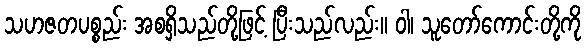
သဟဇတပစ္စည်း အစရှိသည်တို့ဖြင့် ပြီးသည်လည်း။ ဝါ၊ သူတော်ကောင်းတို့ကို